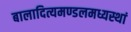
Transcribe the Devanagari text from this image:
बालादित्यमण्डलमध्यस्थां